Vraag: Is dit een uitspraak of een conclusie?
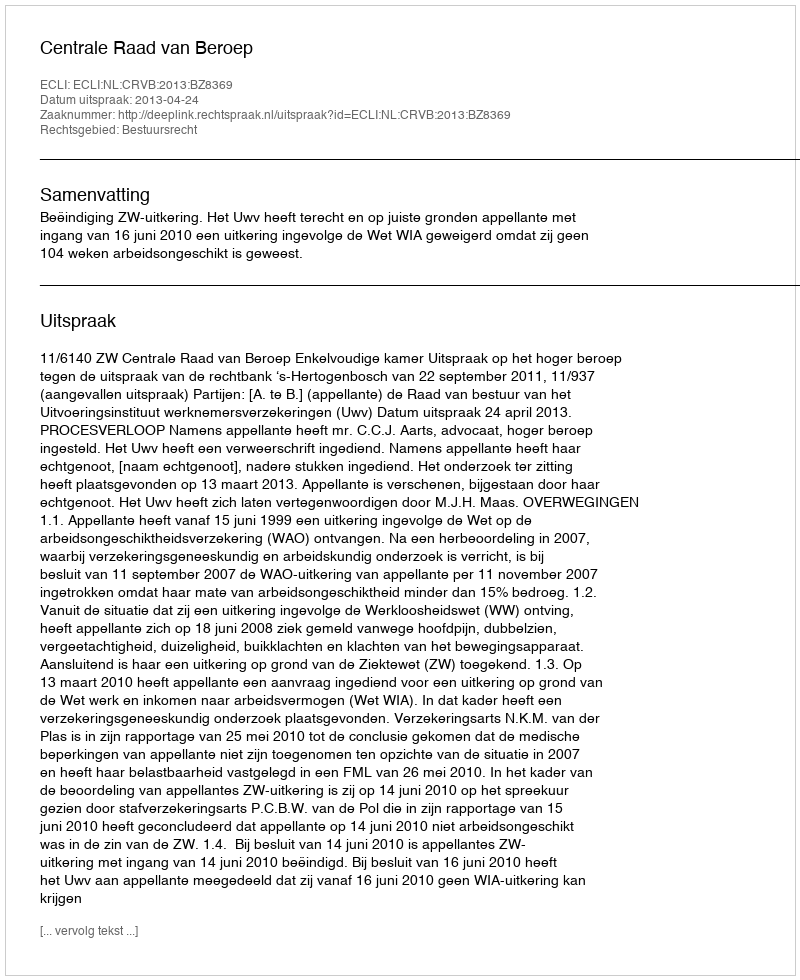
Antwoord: Uitspraak